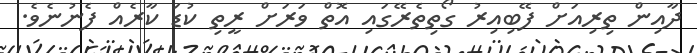
ދާއިން ތިރިއަށް ފޭބިއިރު ގޯތިތެރޭގައި އޮތް ވަރަށް ރީތި ކުޑަ ކާރެއް ފެނުނެވެ.